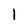
Character: 1